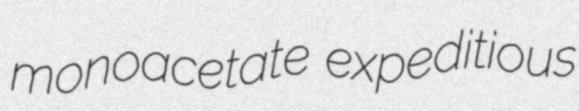
monoacetate expeditious